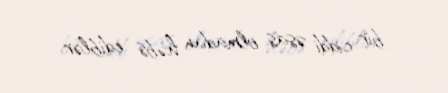
bir ciddi əsas olmadan həbs ediblər.